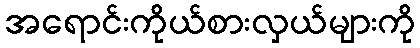
အရောင်းကိုယ်စားလှယ်များကို